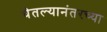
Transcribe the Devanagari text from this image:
घेतल्यानंतरच्या